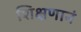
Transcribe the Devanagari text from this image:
शिक्षणानं